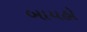
બાયહો